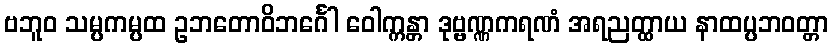
ဗဘူဝ သမ္ပကမ္ပထ ဥဘတောဝိဘင်္ဂေါ ဝေါက္ကန္တာ ဒုဗ္ဗဏ္ဏကရဏံ အရညတ္ထာယ နာထပ္ပဘဝတ္တာ